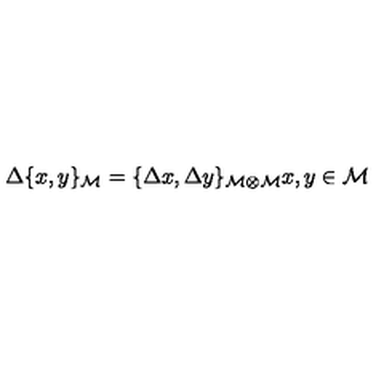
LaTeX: \Delta \{ x , y \} _ { { \cal M } } = \{ \Delta x , \Delta y \} _ { { \cal M \otimes } { \cal M } } x , y \in { \cal M }